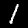
Digit: 1